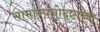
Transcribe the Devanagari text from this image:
सामान्यतोदृष्टाच्चा